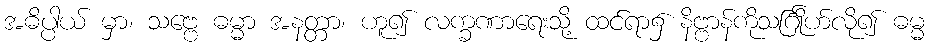
အဓိပ္ပါယ် မှာ၊ သဗ္ဗေ ဓမ္မာ အနတ္တာ၊ ဟူ၍ လက္ခဏာရေးသို့ ထင်ရာ၌ နိဗ္ဗာန်ကိုသင်္ဂြိုဟ်လို၍ ဓမ္မ